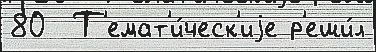
80  Т'емат'и́ческ'иjе р'еши́л